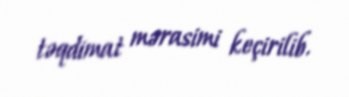
təqdimat mərasimi keçirilib.